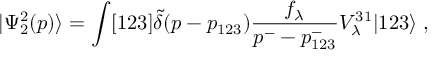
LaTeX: | \Psi _ { 2 } ^ { 2 } ( p ) \rangle = \int [ 1 2 3 ] \tilde { \delta } ( p - p _ { 1 2 3 } ) \frac { f _ { \lambda } } { p ^ { - } - p _ { 1 2 3 } ^ { - } } V _ { \lambda } ^ { 3 1 } | 1 2 3 \rangle \; ,